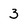
Character: 3